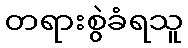
တရားစွဲခံရသူ